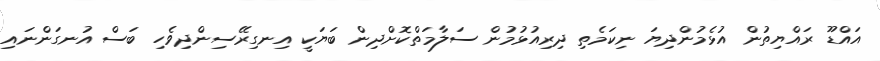
އައްޑޫ ރައްޔިތުން އުޅެމުންދިޔަ ނިކަމެތި ދިރިއުޅުމުން ސަލާމަތްކޮށްދިން ބަޔަކީ އިނގިރޭސިންދިވެހި ބަސް އުނގަންނައި